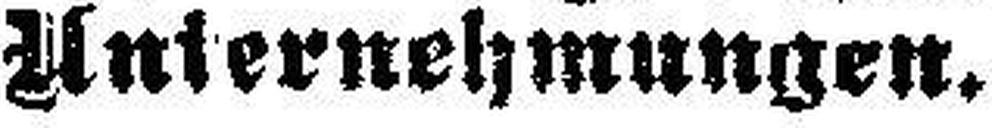
Unternehmungen.